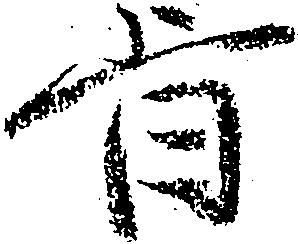
旨